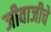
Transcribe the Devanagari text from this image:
जीवाजीचे